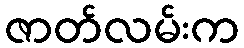
ဇာတ်လမ်းက